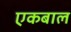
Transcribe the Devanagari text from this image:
एकबाल